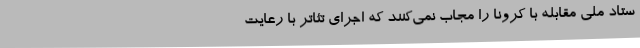
ستاد ملی مقابله با کرونا را مجاب نمی‌کنند که اجرای تئاتر با رعایت